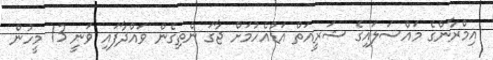
އިމްރާންގެ މައްސަލައިގެ ޝަރީއަތް އަޑުއެހުމަށް ޖާގަ ނެތިގެން ވައްދާފައި ވަނީ 13 މީހުން